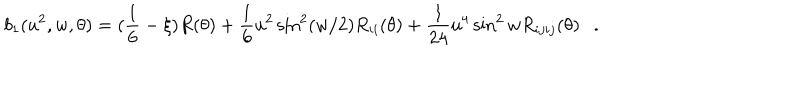
b _ { 1 } ( u ^ { 2 } , w , \theta ) = ( \frac 1 6 - \xi ) R ( \theta ) + { \frac { 1 } { 6 } } u ^ { 2 } \sin ^ { 2 } ( w / 2 ) R _ { i i } ( \theta ) + { \frac { 1 } { 2 4 } } u ^ { 4 } \sin ^ { 2 } w R _ { i j i j } ( \theta ) .